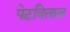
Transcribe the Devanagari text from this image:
पेटवितात